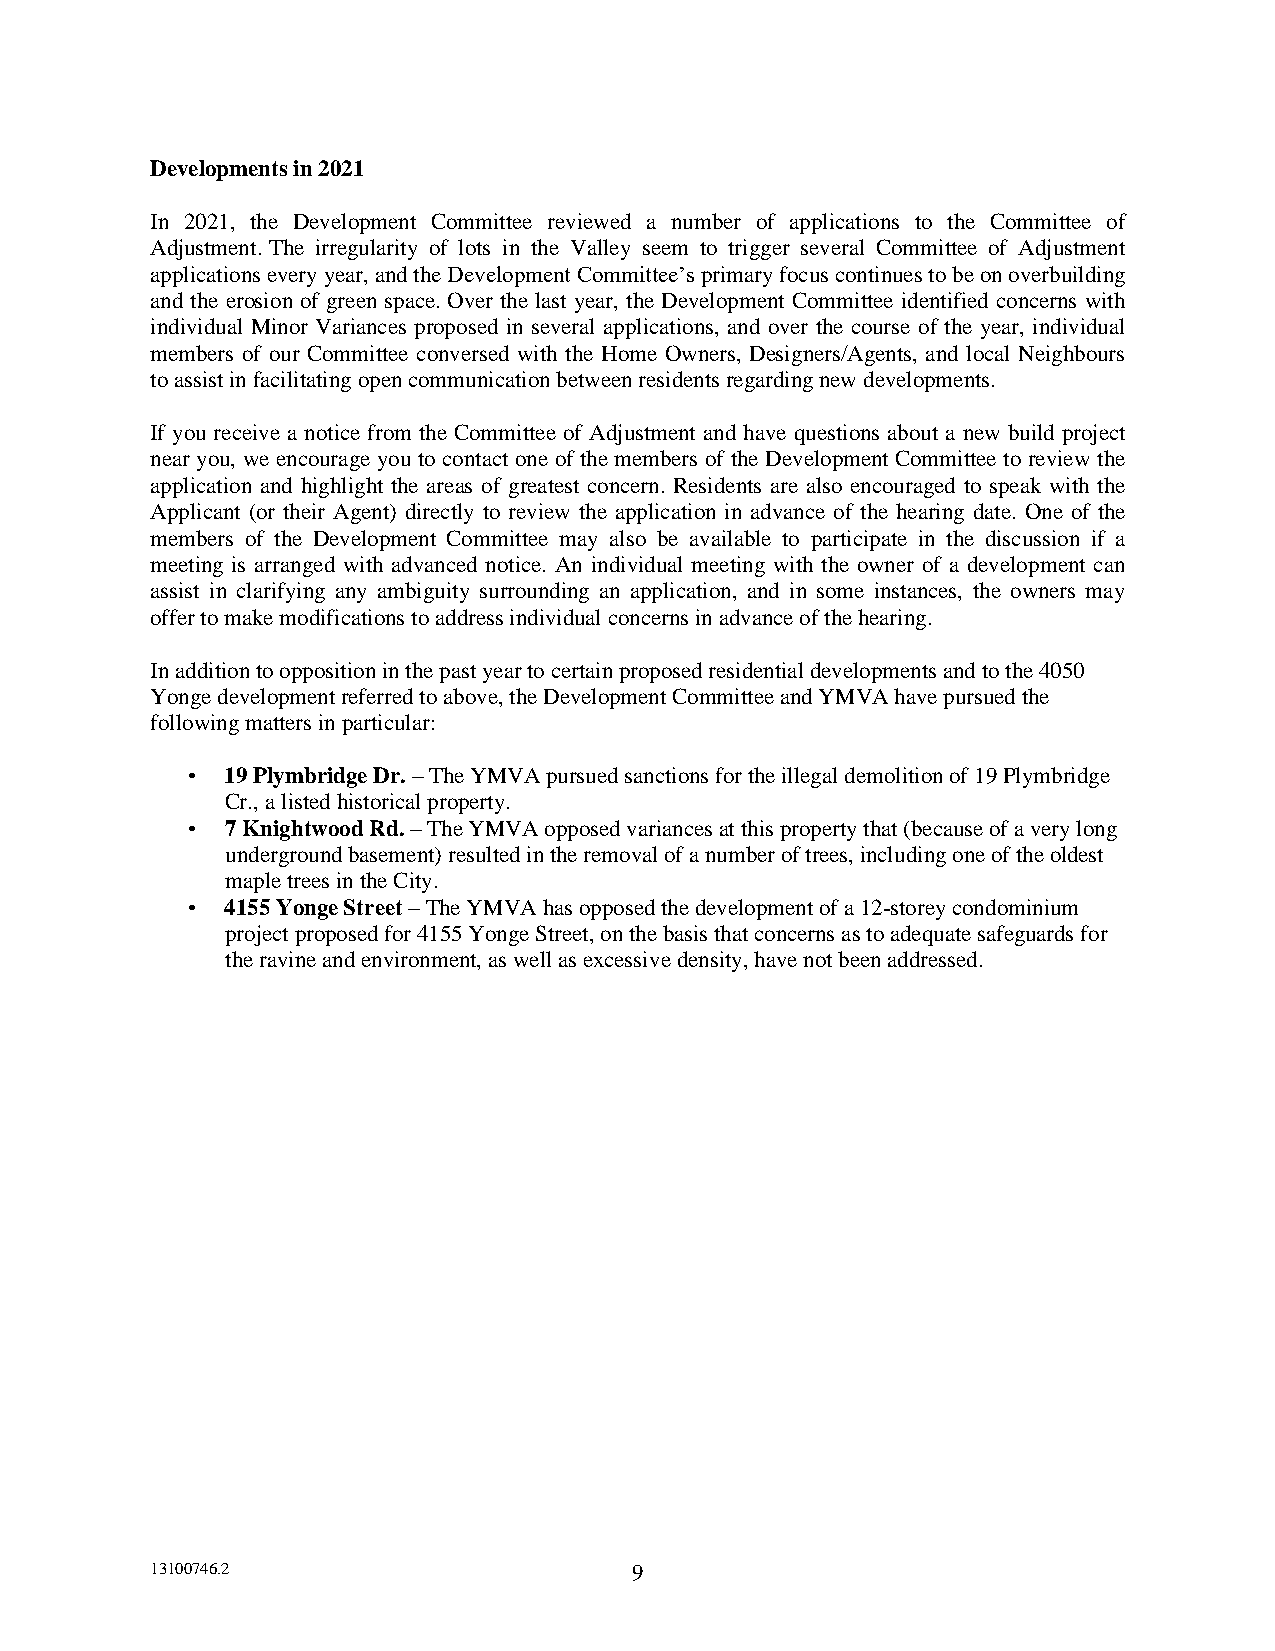
Developments in 2021
 In 2021, the Development Committee reviewed a number of applications to the Committee of
 Adjustment. The irregularity of lots in the Valley seem to trigger several Committee of Adjustment
 applications every year, and the Development Committee’s primary focus continues to be on overbuilding
 and the erosion of green space. Over the last year, the Development Committee identified concerns with
 individual Minor Variances proposed in several applications, and over the course of the year, individual
 members of our Committee conversed with the Home Owners, Designers/Agents, and local Neighbours
 to assist in facilitating open communication between residents regarding new developments.
 If you receive a notice from the Committee of Adjustment and have questions about a new build project
 near you, we encourage you to contact one of the members of the Development Committee to review the
 application and highlight the areas of greatest concern. Residents are also encouraged to speak with the
 Applicant (or their Agent) directly to review the application in advance of the hearing date. One of the
 members of the Development Committee may also be available to participate in the discussion if a
 meeting is arranged with advanced notice. An individual meeting with the owner of a development can
 assist in clarifying any ambiguity surrounding an application, and in some instances, the owners may
 offer to make modifications to address individual concerns in advance of the hearing.
 In addition to opposition in the past year to certain proposed residential developments and to the 4050
 Yonge development referred to above, the Development Committee and YMVA have pursued the
 following matters in particular:
 •  19 Plymbridge Dr. – The YMVA pursued sanctions for the illegal demolition of 19 Plymbridge
 Cr., a listed historical property.
 •  7 Knightwood Rd. – The YMVA opposed variances at this property that (because of a very long
 underground basement) resulted in the removal of a number of trees, including one of the oldest
 maple trees in the City.
 •  4155 Yonge Street – The YMVA has opposed the development of a 12-storey condominium
 project proposed for 4155 Yonge Street, on the basis that concerns as to adequate safeguards for
 the ravine and environment, as well as excessive density, have not been addressed.
 13100746.2                      9